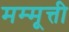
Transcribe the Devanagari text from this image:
मम्मूत्ती